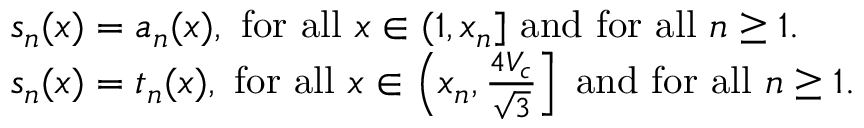
\begin{array} { r l } & { s _ { n } ( x ) = a _ { n } ( x ) , ~ \mathrm { f o r ~ a l l } ~ x \in ( 1 , x _ { n } ] ~ \mathrm { a n d ~ f o r ~ a l l } ~ n \geq 1 . } \\ & { s _ { n } ( x ) = t _ { n } ( x ) , ~ \mathrm { f o r ~ a l l } ~ x \in \left( x _ { n } , \frac { 4 V _ { c } } { \sqrt { 3 } } \right] ~ \mathrm { a n d ~ f o r ~ a l l } ~ n \geq 1 . } \end{array}